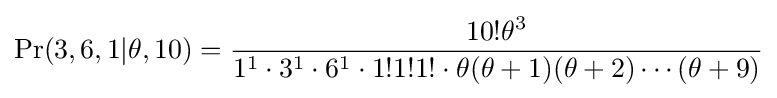
\Pr(3,6,1|\theta ,10)={\frac {10!\theta ^{3}}{1^{1}\cdot 3^{1}\cdot 6^{1}\cdot 1!1!1!\cdot \theta (\theta +1)(\theta +2)\cdots (\theta +9)}}